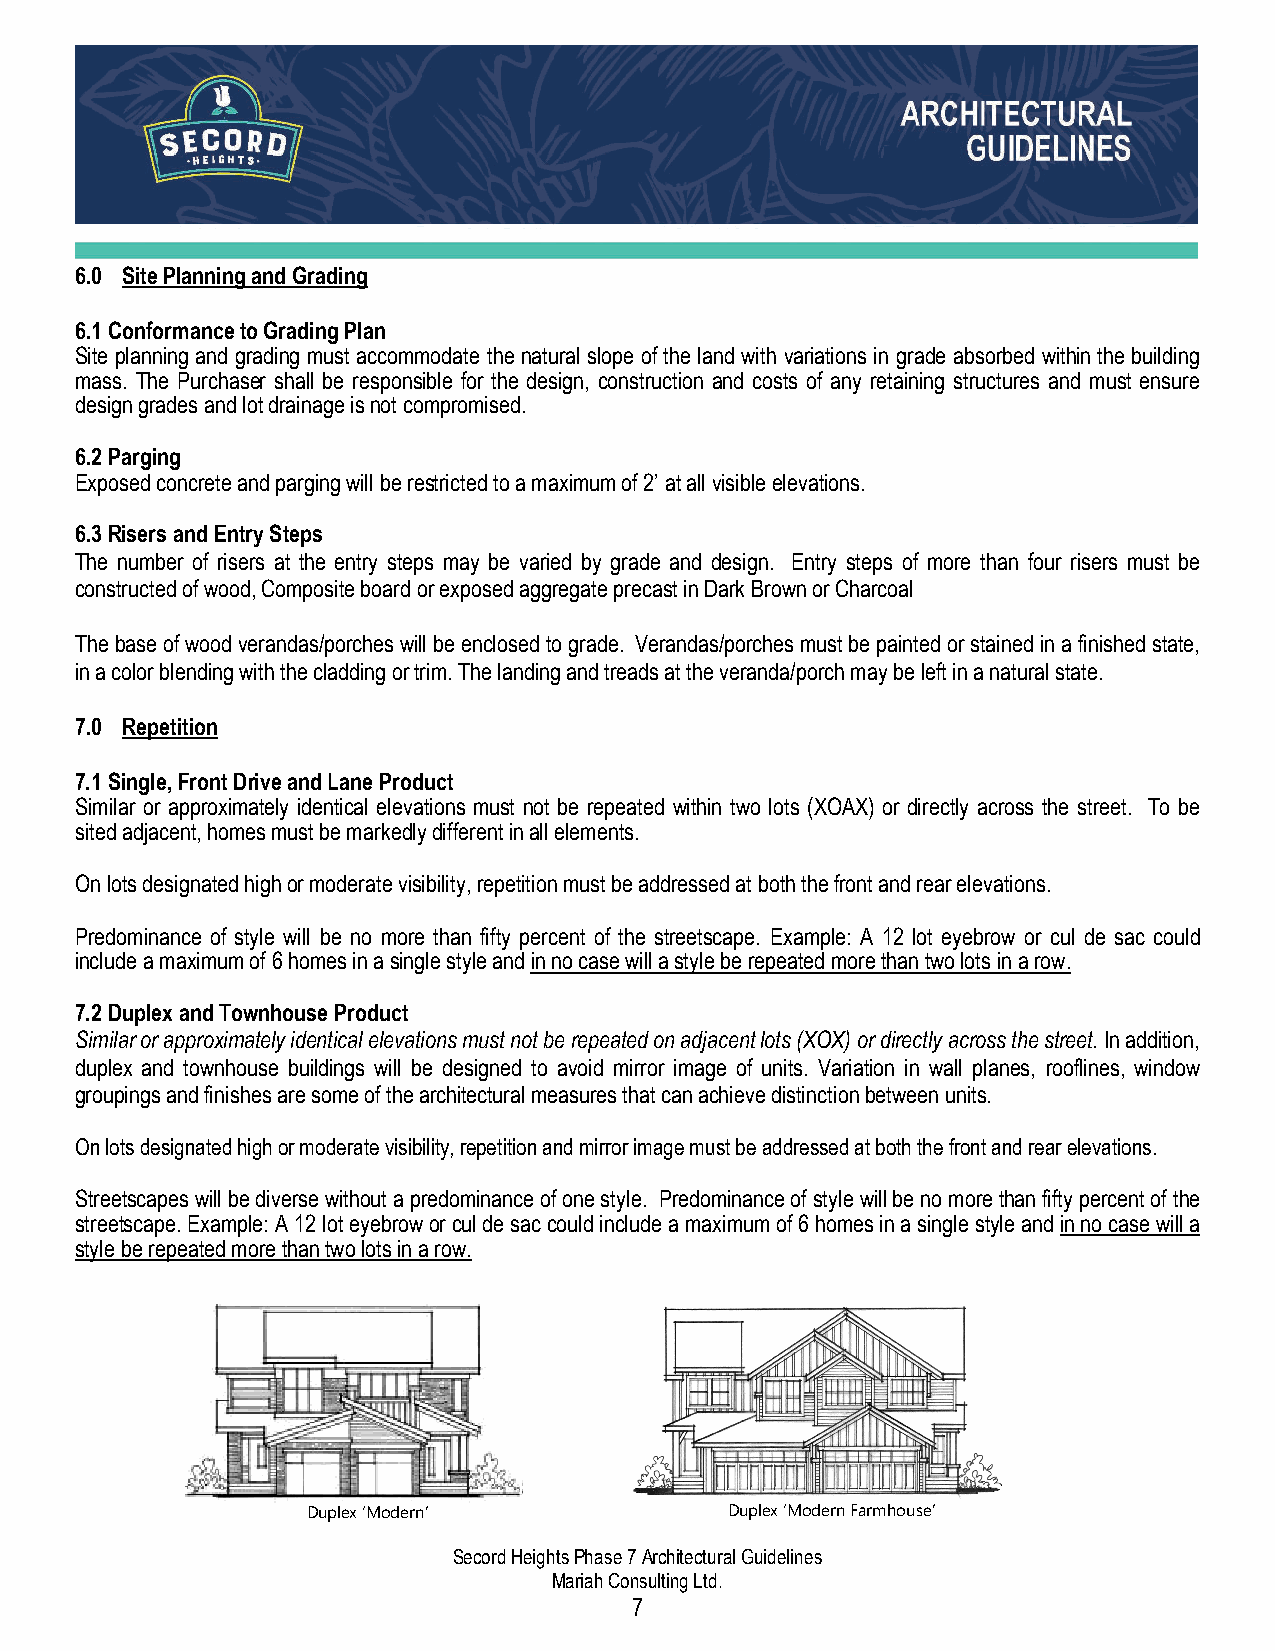
6.0 Site Planning and Grading
 6.1 Conformance to Grading Plan
 Site planning and grading must accommodate the natural slope of the land with variations in grade absorbed within the building
 mass. The Purchaser shall be responsible for the design, construction and costs of any retaining structures and must ensure
 design grades and lot drainage is not compromised.
 6.2 Parging
 Exposed concrete and parging will be restricted to a maximum of 2’ at all visible elevations.
 6.3 Risers and Entry Steps
 The number of risers at the entry steps may be varied by grade and design. Entry steps of more than four risers must be
 constructed of wood, Composite board or exposed aggregate precast in Dark Brown or Charcoal
 The base of wood verandas/porches will be enclosed to grade. Verandas/porches must be painted or stained in a finished state,
 in a color blending with the cladding or trim. The landing and treads at the veranda/porch may be left in a natural state.
 7.0 Repetition
 7.1 Single, Front Drive and Lane Product
 Similar or approximately identical elevations must not be repeated within two lots (XOAX) or directly across the street. To be
 sited adjacent, homes must be markedly different in all elements.
 On lots designated high or moderate visibility, repetition must be addressed at both the front and rear elevations.
 Predominance of style will be no more than fifty percent of the streetscape. Example: A 12 lot eyebrow or cul de sac could
 include a maximum of 6 homes in a single style and in no case will a style be repeated more than two lots in a row.
 7.2 Duplex and Townhouse Product
 Similar or approximately identical elevations must not be repeated on adjacent lots (XOX) or directly across the street. In addition,
 duplex and townhouse buildings will be designed to avoid mirror image of units. Variation in wall planes, rooflines, window
 groupings and finishes are some of the architectural measures that can achieve distinction between units.
 On lots designated high or moderate visibility, repetition and mirror image must be addressed at both the front and rear elevations.
 Streetscapes will be diverse without a predominance of one style. Predominance of style will be no more than fifty percent of the
 streetscape. Example: A 12 lot eyebrow or cul de sac could include a maximum of 6 homes in a single style and in no case will a
 style be repeated more than two lots in a row.
 Duplex ‘Modern’             Duplex ‘Modern Farmhouse’
 Secord Heights Phase 7 Architectural Guidelines
 Mariah Consulting Ltd.
 7